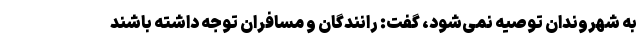
به شهروندان توصیه نمی‌شود، گفت: رانندگان و مسافران توجه داشته باشند